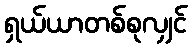
ရှယ်ယာတစ်စုလျှင်